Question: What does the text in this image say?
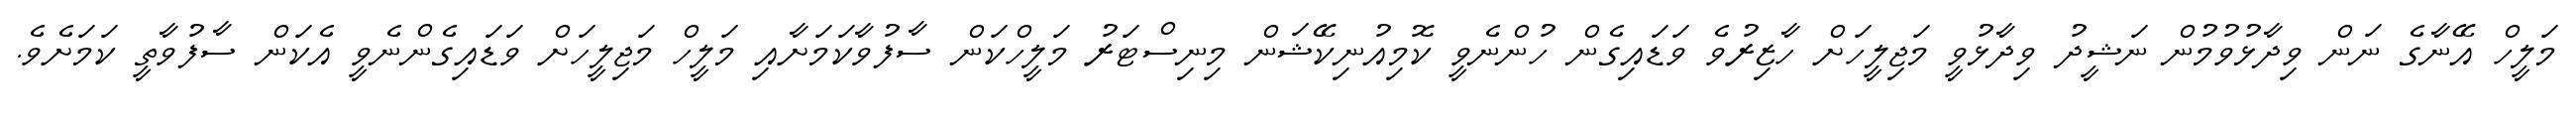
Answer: މަލީހް އޭނާގެ ނަން ވިދާޅުވުމުން ނަޝީދު ވިދާޅުވީ މަޖިލީހަށް ހާޒިރުވެ ވަޑައިގެން ހުންނެވީ ކޮމިއުނިކޭޝަން މިނިސްޓަރު މަލީހްކަން ސާފުވާކަމަށާއި މަލީހް މަޖިލީހަށް ވަޑައިގެންނެވީ އެކަން ސާފުވާތީ ކަމަށެވެ.